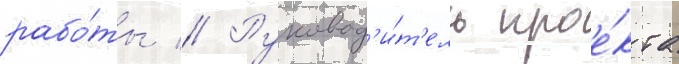
рабо́ты // Руковод'и́т'ель прое́кта